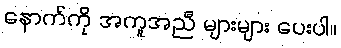
နောက်ကို အကူအညီ များများ ပေးပါ။